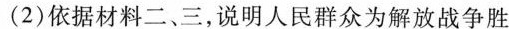
(2)依据材料二、三，说明人民群众为解放战争胜